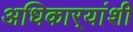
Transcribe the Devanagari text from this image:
अधिकार्‍यांशी